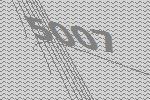
5007